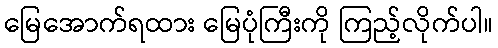
မြေအောက်ရထား မြေပုံကြီးကို ကြည့်လိုက်ပါ။